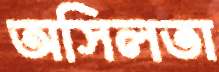
অসিলতা